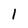
Character: 1